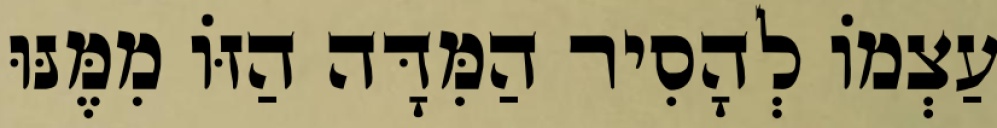
עַצְמוֹ לְהָסִיר הַמִּדָּה הַזּוֹ מִמֶּנּוּ